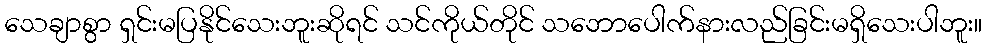
သေချာစွာ ရှင်းမပြနိုင်သေးဘူးဆိုရင် သင်ကိုယ်တိုင် သဘောပေါက်နားလည်ခြင်းမရှိသေးပါဘူး။